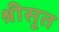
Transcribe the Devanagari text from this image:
श्रीसूत